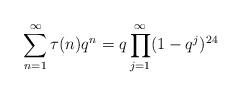
LaTeX: \begin{align*} \sum_{n=1}^\infty \tau(n) q^n = q \prod_{j=1}^\infty (1-q^j)^{24}\end{align*}